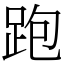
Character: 跑